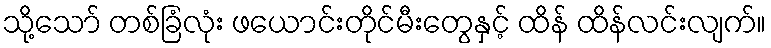
သို့သော် တစ်ခြံလုံး ဖယောင်းတိုင်မီးတွေနှင့် ထိန် ထိန်လင်းလျက်။